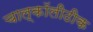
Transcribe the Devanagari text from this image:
चाल्कॉलीठीक